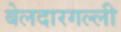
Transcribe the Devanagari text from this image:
बेलदारगल्ली